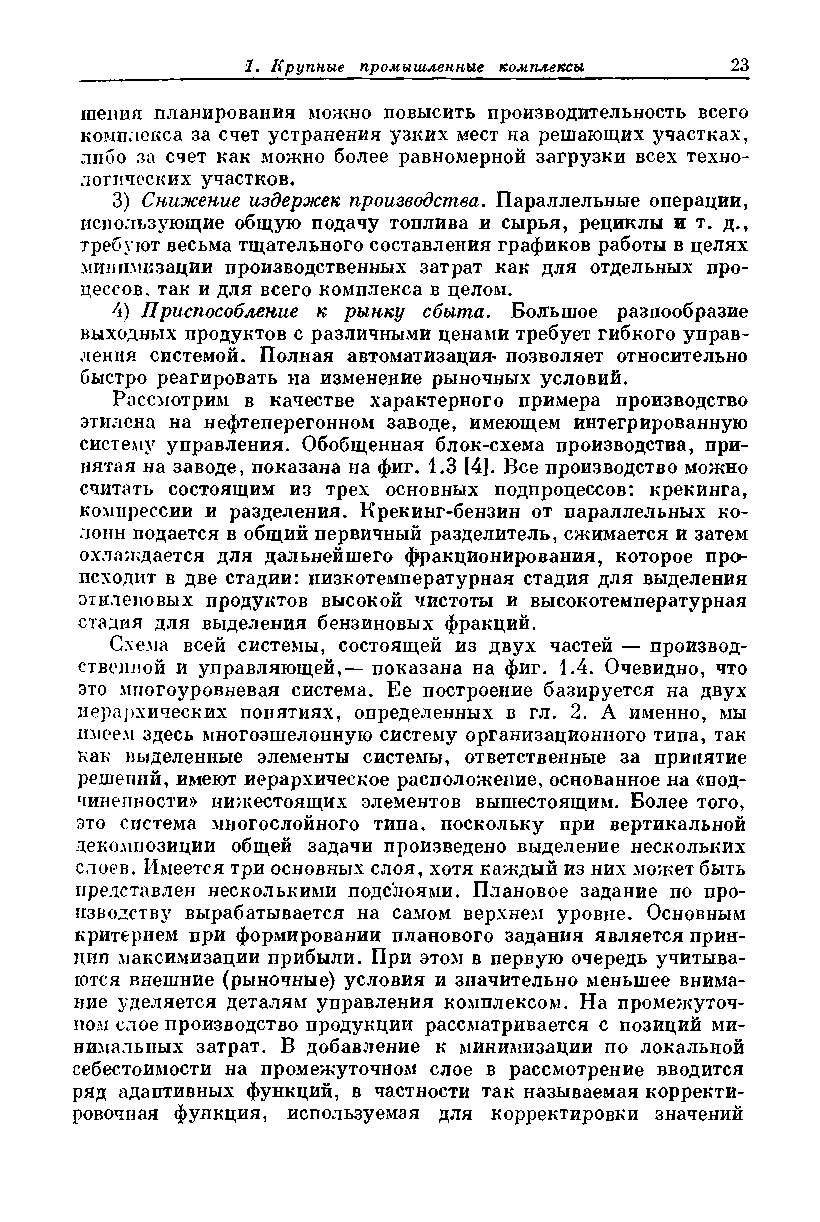
шения планирования можно повысить производительность всего
 комплекса за счет устранения узких мест на решающих участках,
 либо за счет как можно более равномерной загрузки всех техно­
 логических участков.
 3) Снижение издержек производства. Параллельные операции,
 использующие общую подачу топлива и сырья, рециклы и т. д.,
 требуют весьма тщательного составления графиков работы в целях
 минимизации производственных затрат как для отдельных про­
 цессов. так и для всего комплекса в целом.
 4) Приспособление к рынку сбыта. Большое разнообразие
 выходных продуктов с различными ценами требует гибкого управ­
 ления системой. Полная автоматизация- позволяет относительно
 быстро реагировать на изменение рыночных условий.
 Рассмотрим в качестве характерного примера производство
 этилена на нефтеперегонном заводе, имеющем интегрированную
 систему управления. Обобщенная блок-схема производства, при­
 нятая на заводе, показана на фиг. 1.3 [4]. Все производство можно
 считать состоящим из трех основных подпроцессов: крекинга,
 компрессии и разделения. Крекинг-бензин от параллельных ко­
 лонн подается в общий первичный разделитель, сжимается и затем
 охлаждается для дальнейшего фракционирования, которое про­
 исходит в две стадии: низкотемпературная стадия для выделения
 этиленовых продуктов высокой чистоты и высокотемпературная
 стадия для выделения бензиновых фракций.
 Схема всей системы, состоящей из двух частей — производ­
 ственной и управляющей,— показана на фиг. 1.4. Очевидно, что
 это многоуровневая система. Ее построение базируется на двух
 иерархических понятиях, определенных в гл. 2. А именно, мы
 имеем здесь многоэшелонную систему организационного типа, так
 как выделенные элементы системы, ответственные за принятие
 решений, имеют иерархическое расположение, основанное на «под­
 чиненности» нижестоящих элементов вышестоящим. Более того,
 это система многослойного типа, поскольку при вертикальной
 декомпозиции общей задачи произведено выделение нескольких
 слоев. Имеется три основных слоя, хотя каждый из них может быть
 представлен несколькими подслоями. Плановое задание по про­
 изводству вырабатывается на самом верхнем уровне. Основным
 критерием при формировании планового задания является прин­
 цип максимизации прибыли. При этом в первую очередь учитыва­
 ются внешние (рыночные) условия и значительно меньшее внима­
 ние уделяется деталям управления комплексом. На промежуточ­
 ном слое производство продукции рассматривается с позиций ми­
 нимальных затрат. В добавление к минимизации по локальной
 себестоимости на промежуточном слое в рассмотрение вводится
 ряд адаптивных функций, в частности так называемая корректи­
 ровочная функция, используемая для корректировки значений